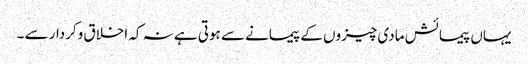
یہاں پیمائش مادی چیزوں کے پیمانے سے ہوتی ہے نہ کہ اخلاق وکردار سے ۔